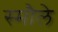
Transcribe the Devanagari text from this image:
स्मौले